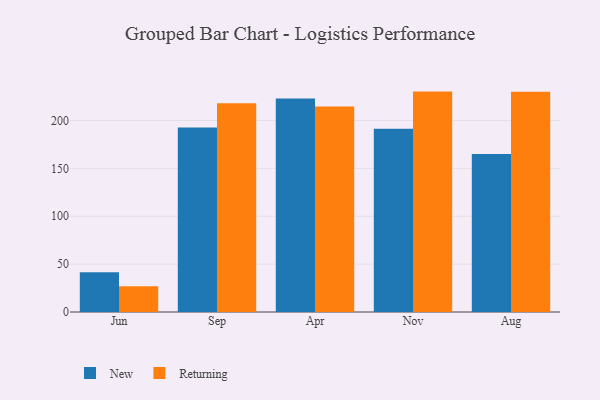
{"axis": {"x": "Month", "y": "Customer Acquisition Cost (USD)"}, "legend": ["New", "Returning"], "data": [{"x": "Jun", "y": 41.6, "type": "New"}, {"x": "Jun", "y": 26.8, "type": "Returning"}, {"x": "Sep", "y": 192.8, "type": "New"}, {"x": "Sep", "y": 218.1, "type": "Returning"}, {"x": "Apr", "y": 223.1, "type": "New"}, {"x": "Apr", "y": 214.6, "type": "Returning"}, {"x": "Nov", "y": 191.4, "type": "New"}, {"x": "Nov", "y": 230.2, "type": "Returning"}, {"x": "Aug", "y": 165.1, "type": "New"}, {"x": "Aug", "y": 230.1, "type": "Returning"}]}